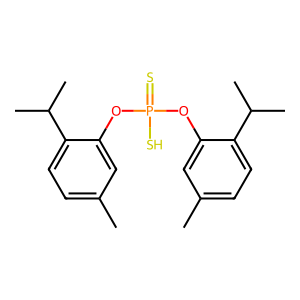
SMILES: Cc1ccc(C(C)C)c(OP(=S)(S)Oc2cc(C)ccc2C(C)C)c1
Inhibits HIV replication: No